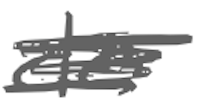
Text: de
Cross-out: scratch
Writing tool: digital_gray